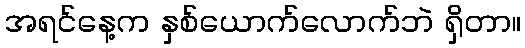
အရင်နေ့က နှစ်ယောက်လောက်ဘဲ ရှိတာ။